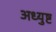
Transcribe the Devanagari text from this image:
अध्युष्ट